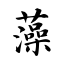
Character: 藻